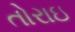
તોરાઇ